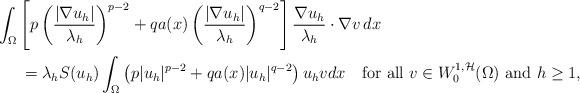
LaTeX: \begin{align*}\begin{aligned}\int_\Omega&\left[p\left(\frac{|\nabla u_h|}{\lambda_h}\right)^{p-2}+qa(x)\left(\frac{|\nabla u_h|}{\lambda_h}\right)^{q-2}\right]\frac{\nabla u_h}{\lambda_h}\cdot\nabla v \,dx\\&\,=\lambda_hS(u_h)\int_\Omega\left(p|u_h|^{p-2}+qa(x)|u_h|^{q-2}\right)u_hvdx\quad\mbox{for all }v\in W^{1,\mathcal H}_0(\Omega)\mbox{ and }h\ge1,\end{aligned}\end{align*}